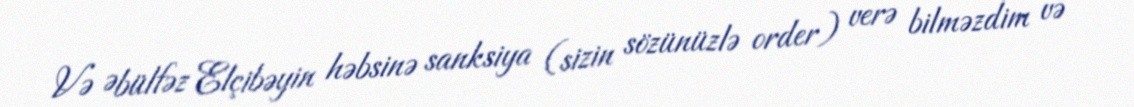
Və Əbülfəz Elçibəyin həbsinə sanksiya (sizin sözünüzlə order) verə bilməzdim və